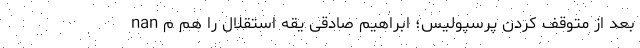
nan بعد از متوقف کردن پرسپولیس؛ ابراهیم صادقی یقه استقلال را هم م